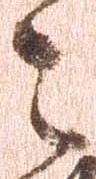
々